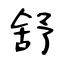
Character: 舒